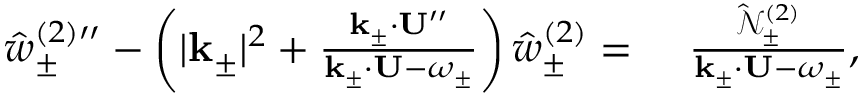
\begin{array} { r l } { { \hat { w } _ { \pm } ^ { ( 2 ) \prime \prime } } - \left( | \mathbf { k } _ { \pm } | ^ { 2 } + \frac { \mathbf { k } _ { \pm } \cdot \mathbf { U } ^ { \prime \prime } } { \mathbf { k } _ { \pm } \cdot \mathbf { U } - \omega _ { \pm } } \right) \hat { w } _ { \pm } ^ { ( 2 ) } = ~ } & { { } \frac { \hat { \mathcal { N } } _ { \pm } ^ { ( 2 ) } } { \mathbf { k } _ { \pm } \cdot \mathbf { U } - \omega _ { \pm } } , } \end{array}